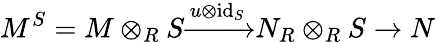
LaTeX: M^{S}=M\otimes_{R}S{\xrightarrow{u\otimes{\mathrm{id}}_{S}}}N_{R}\otimes_{R}S\to N